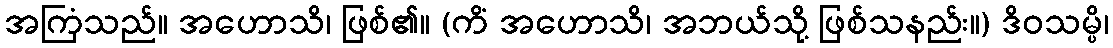
အကြံသည်။ အဟောသိ၊ ဖြစ်၏။ (ကိံ အဟောသိ၊ အဘယ်သို့ ဖြစ်သနည်း။) ဒိဝသမ္ပိ၊